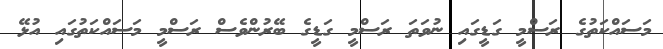
މަސައްކަތުގެ ރަސްމީ ގަޑީގައި ނުވަތަ ރަސްމީ ގަޑީގެ ބޭރުންވެސް ރަސްމީ މަސައްކަތުގައި އުޅޭ